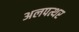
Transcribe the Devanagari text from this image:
अलपत्थर